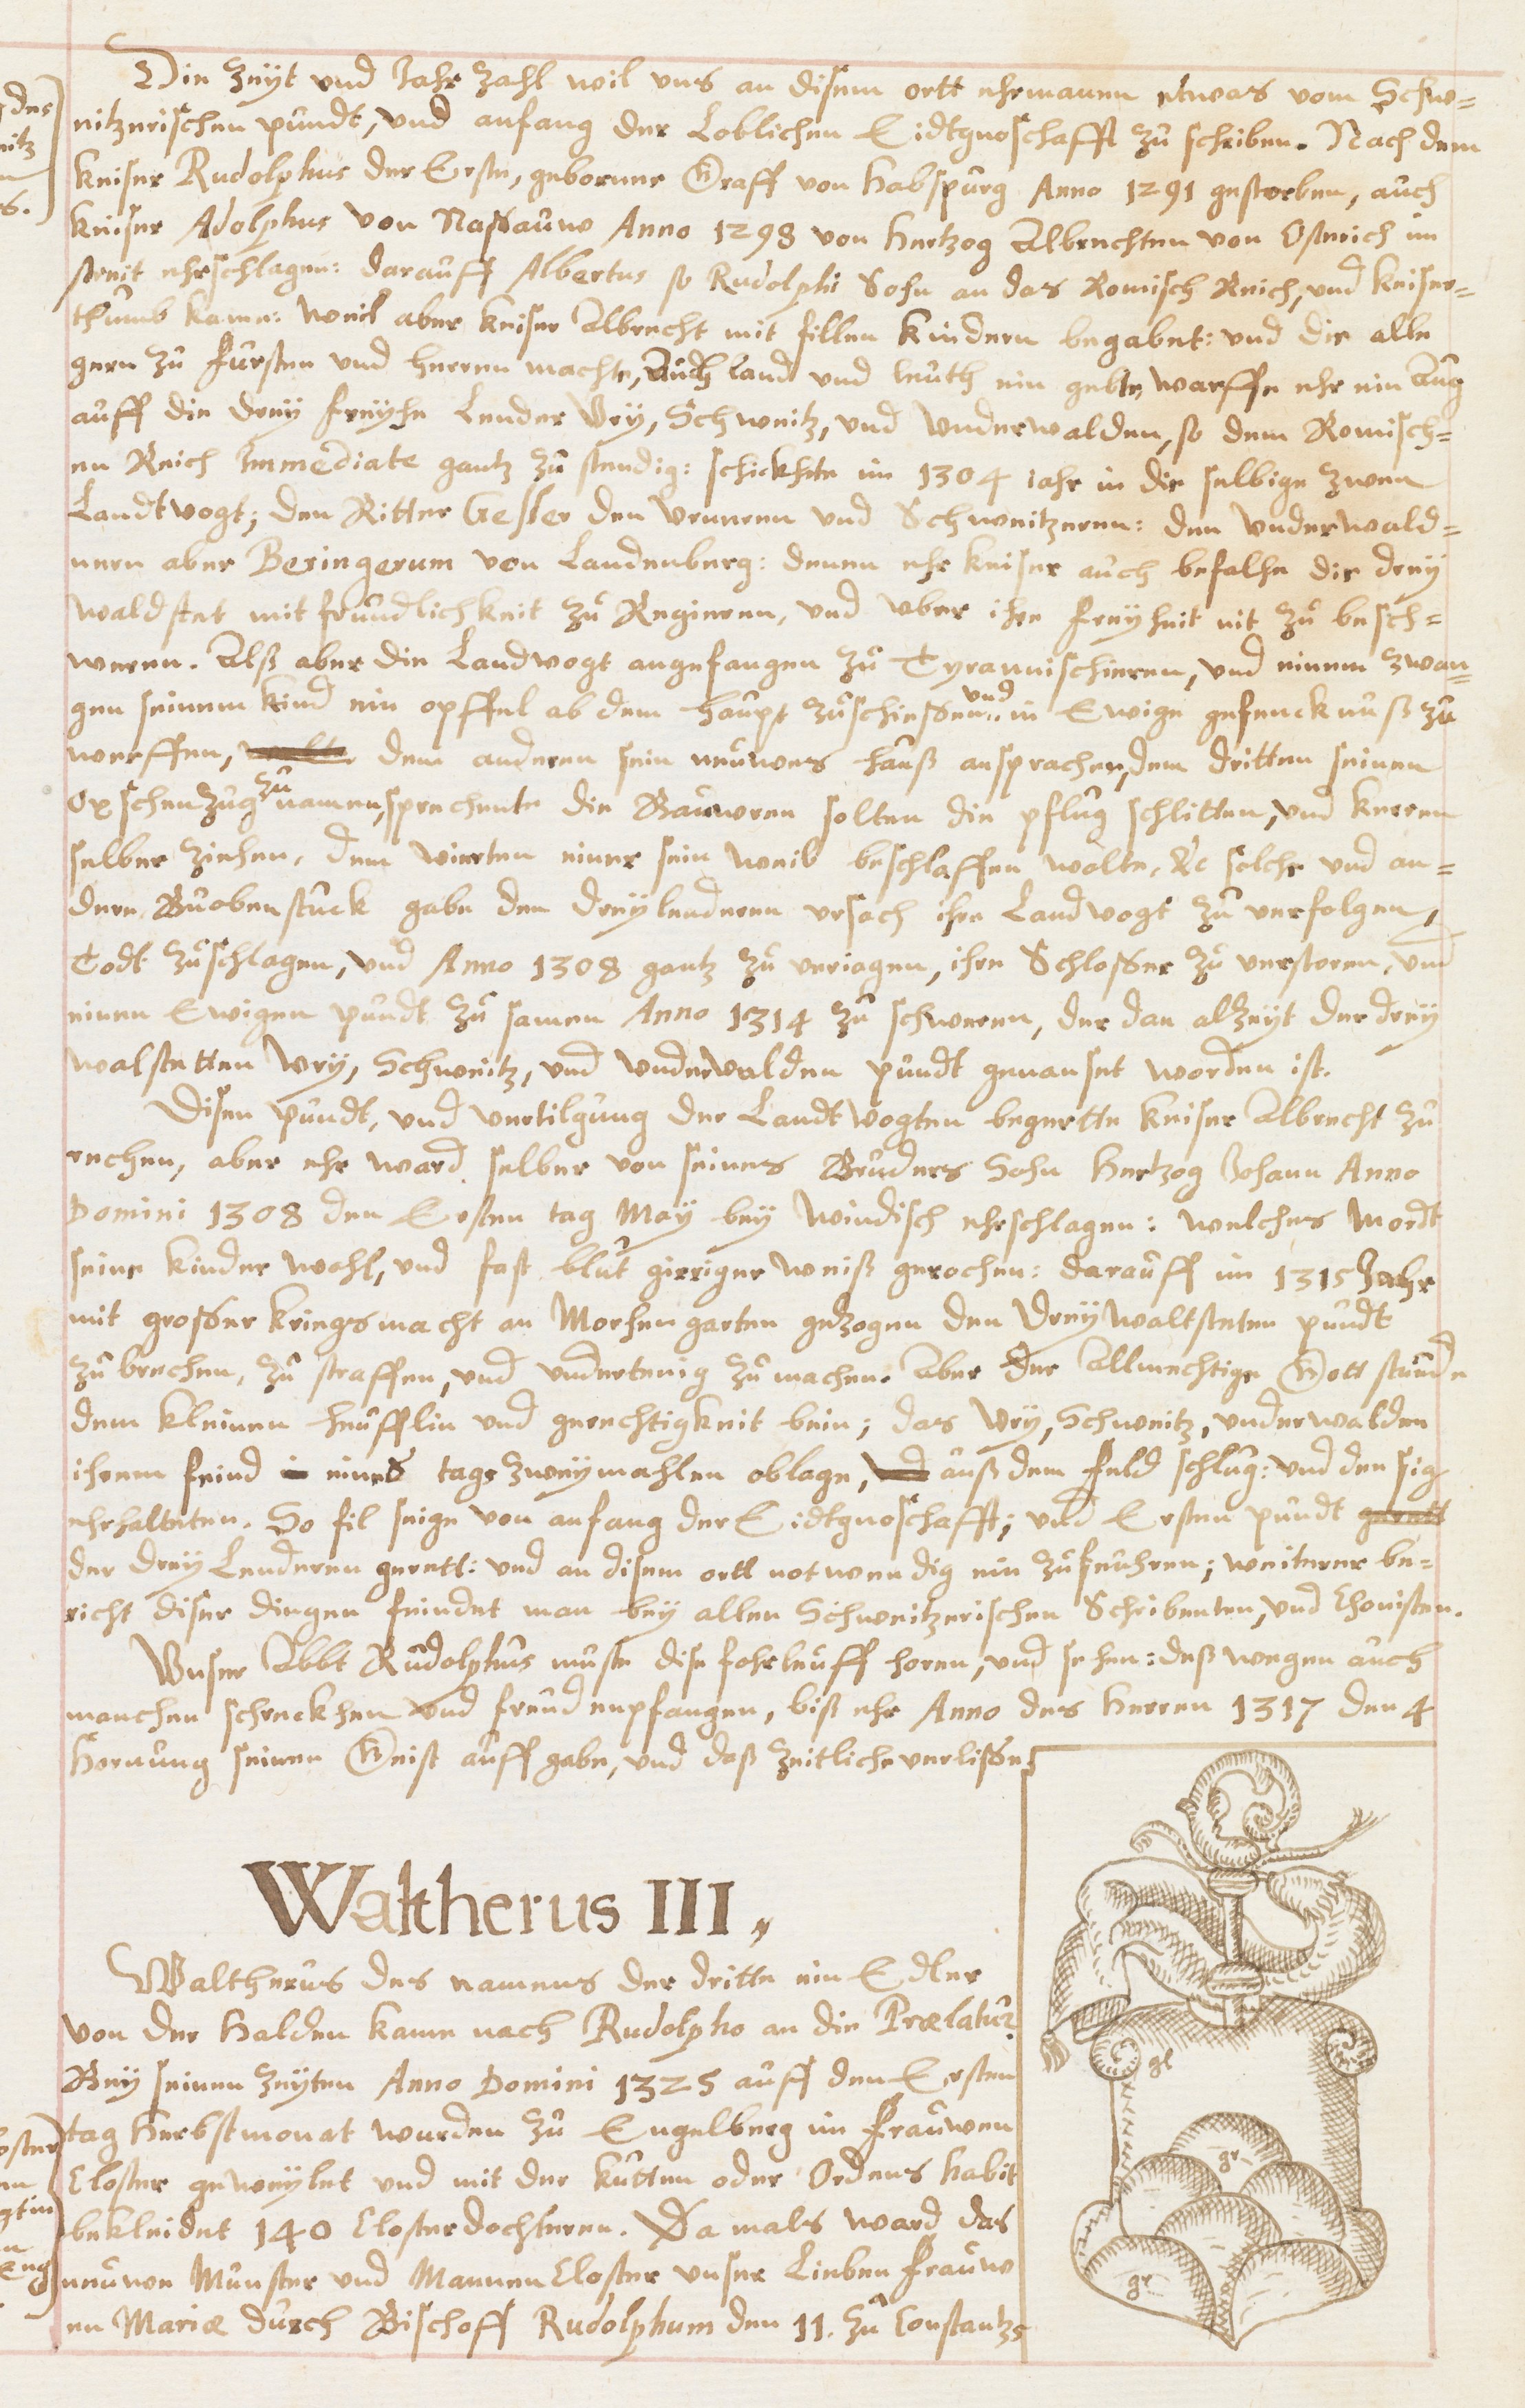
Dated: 1631–1661